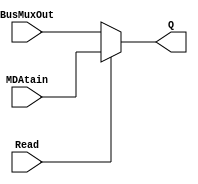
// Zuhair Shaikh and Brant Lan Li
// Memory Data Register Register MUX (MDR_MUX)
// ELEC374 - Digital Systems Engineering
// Department of Electrical and Computer Engineering
// Queen's University 

`timescale 1ns/10ps

module mdr_mux (
	input wire [31:0] BusMuxOut,
	input wire Read,
	input wire [31:0] MDAtain,
	output wire [31:0] Q
	);
	
	reg [31:0] qTemp;
	always @ (*)
		begin
			if (Read) begin
				qTemp <= MDAtain;
			end
			else begin
				qTemp <= BusMuxOut;
			end
		end
	assign Q = qTemp;
endmodule